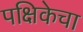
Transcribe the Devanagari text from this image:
पक्षिकेचा